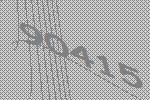
90415